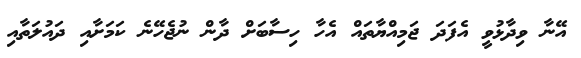
އޭނާ ވިދާޅުވީ އެފަދަ ޖަމިއްޔާތައް އެހާ ހިސާބަށް ދާން ނުޖެހޭނެ ކަމަށާއި ދައުލަތާއި